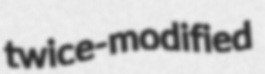
twice-modified